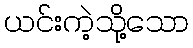
ယင်းကဲ့သို့သော